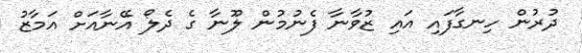
ދުރުން ހިނގާފައި އައި ޒުވާނާ ފެނުމުން ލޫނާ ގެ ދެލޯ އޭނާއަށް އަމާޒު